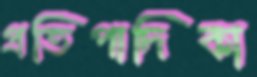
প্রতিপাদিকা